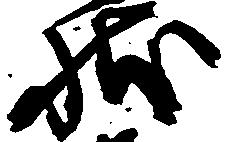
状